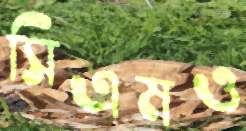
সিএমও